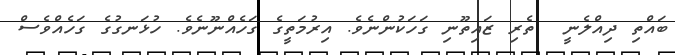
ބައްތި ދިއްލެނީ  ތެރި ޒައިތޫނި ގަހަކުންނެވެ. އިރުމަތީގެ ގަހެއްނޫނެވެ. ހުޅަނގުގެ ގަހެއްވެސް